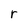
Character: r